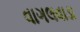
વાગલવાડા